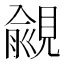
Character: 覦